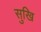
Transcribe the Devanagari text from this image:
सुखि